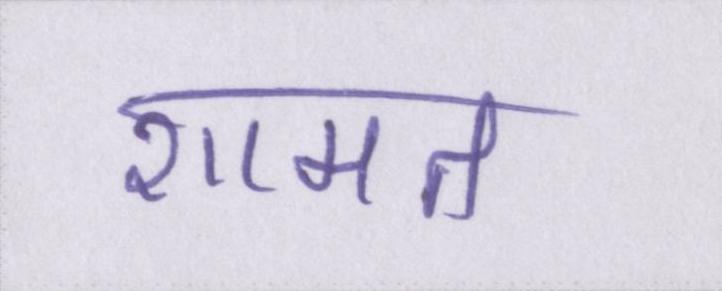
शामत